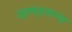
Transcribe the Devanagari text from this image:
उड्डाणपुलाच्या